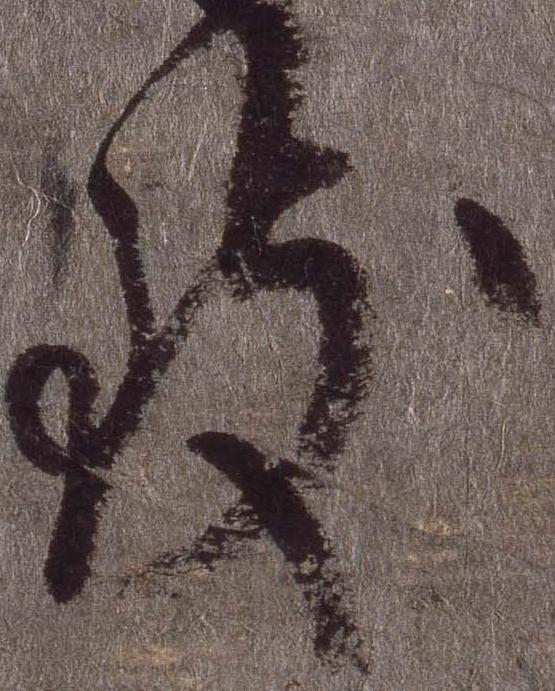
致